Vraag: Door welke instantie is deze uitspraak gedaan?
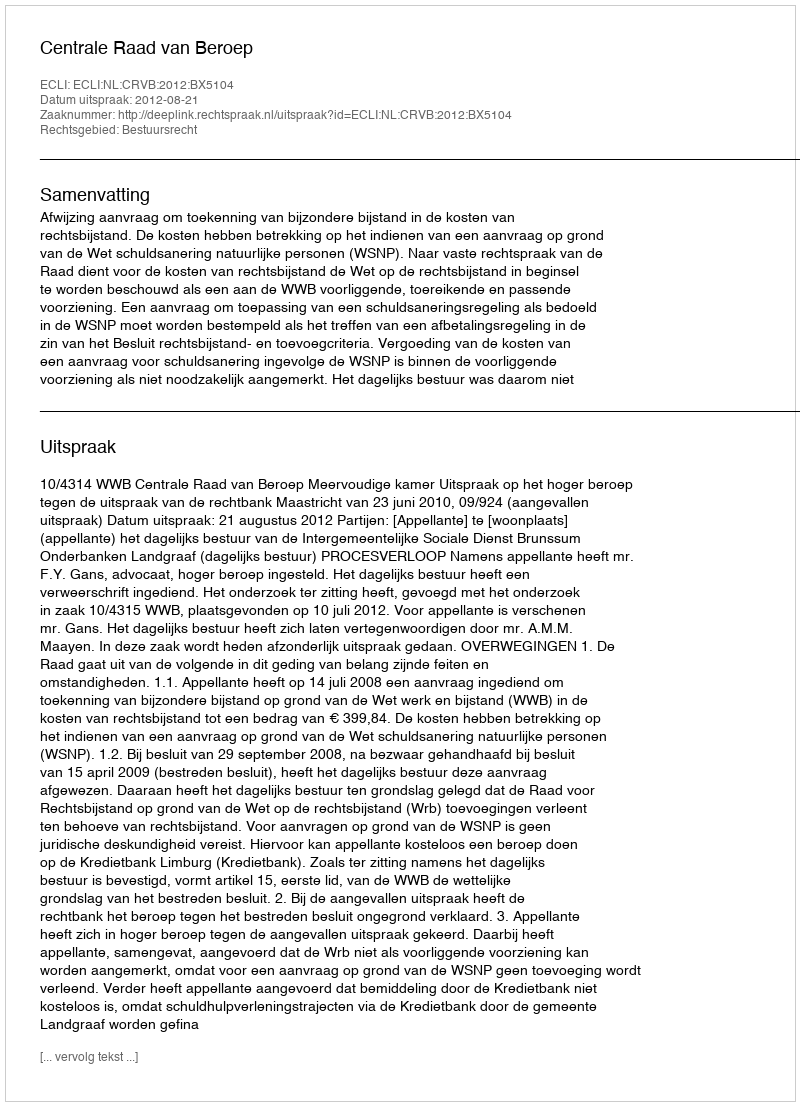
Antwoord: Centrale Raad van Beroep